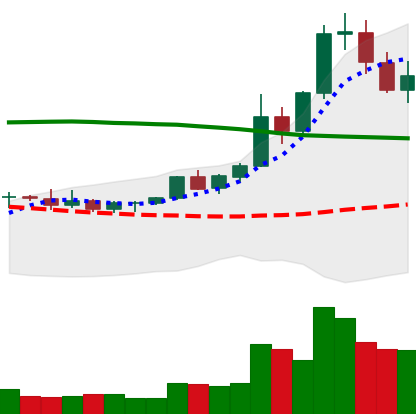
Ticker: XRP-USD
Chart end date: 2021-08-18
Forward return: 8.828%
Label: up_7plus